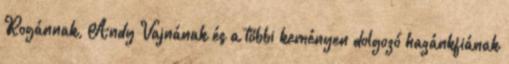
Rogánnak, Andy Vajnának és a többi keményen dolgozó hazánkfiának